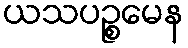
ယသပဉ္စမေန